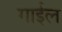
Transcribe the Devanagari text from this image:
गाईल